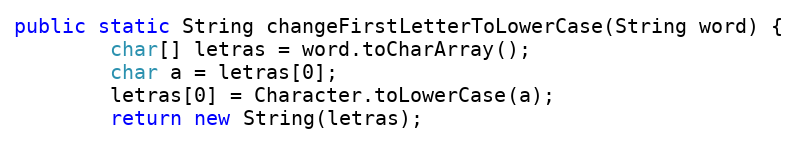
Language: Java
public static String changeFirstLetterToLowerCase(String word) {
        char[] letras = word.toCharArray();
        char a = letras[0];
        letras[0] = Character.toLowerCase(a);
        return new String(letras);